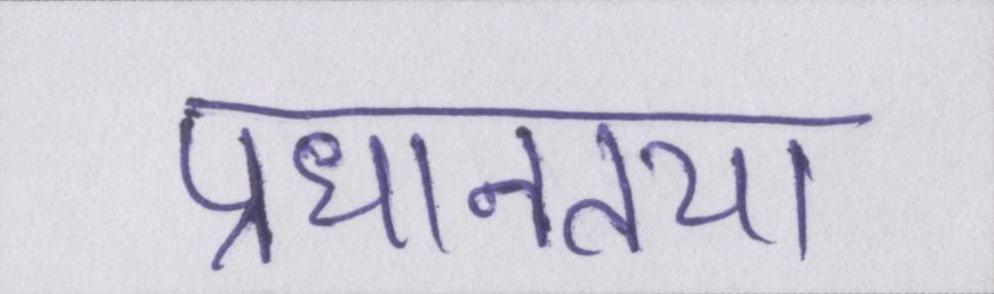
प्रधानतया